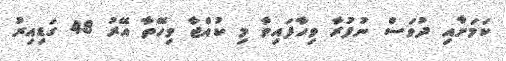
ކަމަށާއި ދުވަސް ނުފުރާ ވިހާފައިވާ މި ކުއްޖާ ވިހޭތާ އޭރު 48 ގަޑިއިރު